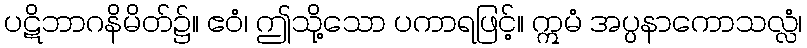
ပဋိဘာဂနိမိတ်၌။ ဧဝံ၊ ဤသို့သော ပကာရဖြင့်။ ဣမံ အပ္ပနာကောသလ္လံ၊